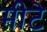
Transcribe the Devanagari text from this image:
मीटे